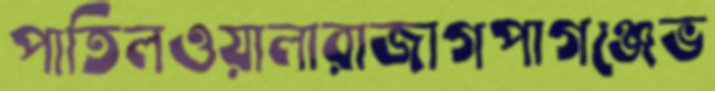
পাতিলওয়ালারাজাগপাগঞ্জেভ